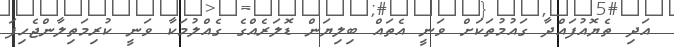
އަދި ތެޔޮއުފައްދާ ގައުމުތަކަށް ވަނީ އެތައް ބިލިޔަން ޑޮލަރެއްގެ ގެއްލުމަކާ ވަނީ ކުރިމަތިލާންޖެހިފަ